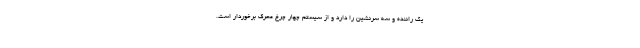
یک راننده و سه سرنشین را دارد و از سیستم چهار چرخ محرک برخوردار است.